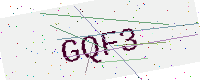
Text: GQF3